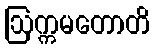
ဩက္ကမတောတိ